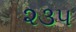
૨૩૫